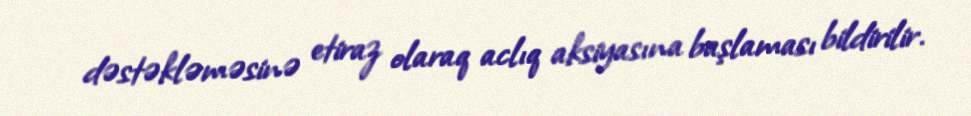
dəstəkləməsinə etiraz olaraq aclıq aksiyasına başlaması bildirilir.